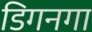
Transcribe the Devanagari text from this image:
डिगनगा